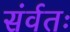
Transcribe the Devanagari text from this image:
संर्वतः